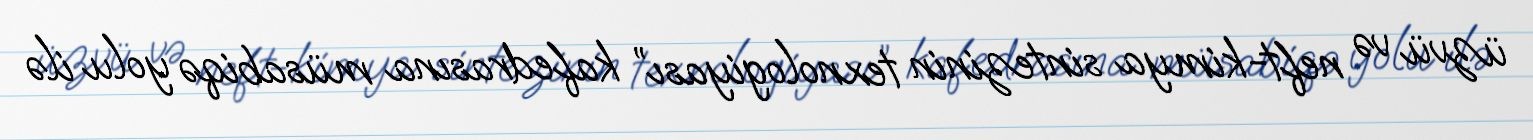
üzvü və neft-kimya sintezinin texnologiyası” kafedrasına müsabiqə yolu ilə